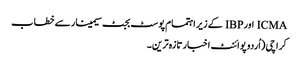
ICMA اورIBP کے زیر اہتمام پوسٹ بجٹ سیمینار سے خطاب
کراچی (اُردو پوائنٹ اخبارتازہ ترین۔